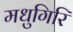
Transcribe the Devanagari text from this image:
मधुगिरि